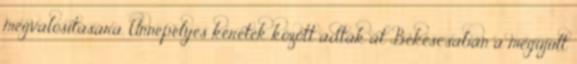
megvalósítására. Ünnepélyes keretek között adták át Békéscsabán a megújult